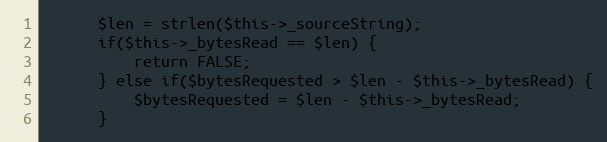
Language: PHP
      $len = strlen($this->_sourceString);
      if($this->_bytesRead == $len) {
          return FALSE;
      } else if($bytesRequested > $len - $this->_bytesRead) {
          $bytesRequested = $len - $this->_bytesRead;
      }